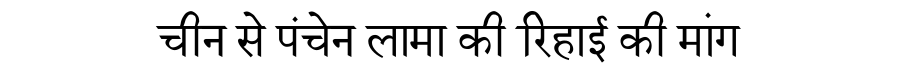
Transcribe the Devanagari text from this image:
चीन से पंचेन लामा की रिहाई की मांग